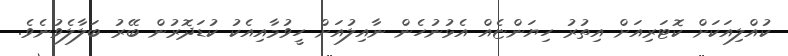
ކުއްލިއަކަށް ކޮޓަރިއަށް އިތުރު ހިޔަންޏެއް އެޅުނުހެން ނާއިލުއަށް ހީވުމާއިއެކު ކުޑަދޮރުން ބޭރު ބަލާލެވުނެވެ.